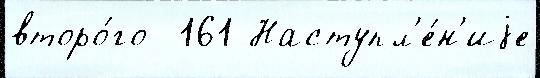
второ́го  161 Наступл'е́н'иjе